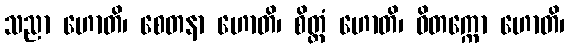
သညာ ဟောတိ၊ စေတနာ ဟောတိ၊ စိတ္တံ ဟောတိ၊ ဝိတက္ကော ဟောတိ၊